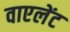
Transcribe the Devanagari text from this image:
वाएलेंट